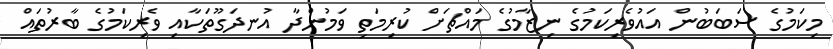
މިކަމުގެ ސަބަބުން އައުވެރިކަމުގެ ނިޒާމުގެ މައްޗަށް ކުރިމަތި ވަމުންދާ އުނދަގޫތަކާއި ވެރިކަމުގެ ބާރުތައް